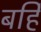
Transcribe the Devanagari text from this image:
बर्हि